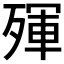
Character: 𣨿